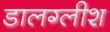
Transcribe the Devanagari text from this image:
डालग्लीश